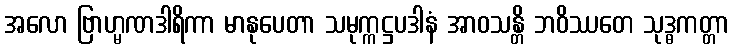
အလော ဗြာဟ္မဏဒါရိကာ မာနုပေတာ သမုက္ကဋ္ဌပဒါနံ အာဝသန္တိ ဘဝိဿတေ သုဒ္ဓကတ္တာ